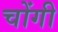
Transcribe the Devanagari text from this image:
चोंगी